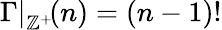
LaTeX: {\Gamma|}_{\mathbb{Z}^{+}}\! (n)=(n-1)!